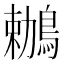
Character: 鶒